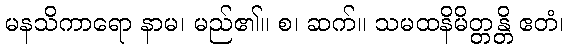
မနသိကာရော နာမ၊ မည်၏။ စ၊ ဆက်။ သမထနိမိတ္တန္တိ ဧတံ၊